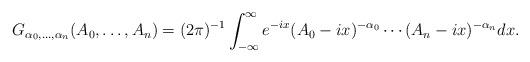
LaTeX: \begin{align*} G_{\alpha_0,\dots,\alpha_n} (A_0,\dots,A_n) = (2\pi)^{-1}\int_{-\infty}^\infty e^{-i x}(A_0 -ix)^{-\alpha_0} \cdots (A_n -ix)^{-\alpha_n} dx.\end{align*}